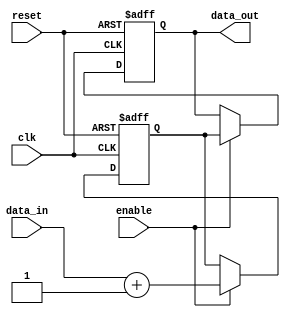
module disable_block (
    input wire clk,            // Clock signal
    input wire reset,          // Asynchronous reset signal
    input wire enable,         // Control signal to enable/disable the block
    input wire [7:0] data_in,  // Input data
    output reg [7:0] data_out  // Output data
);

// Internal state variable
reg [7:0] internal_state;

// Always block for the disable mechanism
always @(posedge clk or posedge reset) begin
    if (reset) begin
        // Reset internal state and output
        internal_state <= 8'b0;
        data_out <= 8'b0;
    end else if (enable) begin
        // If enabled, perform the intended logic
        internal_state <= data_in + 1; // Example operation: increment input
        data_out <= internal_state;      // Update output
    end else begin
        // If disabled, maintain the current state and output
        data_out <= data_out;            // Output remains unchanged
    end
end

endmodule